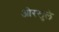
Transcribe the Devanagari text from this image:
ओरखुले